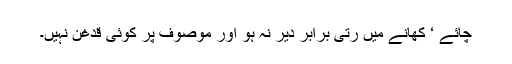
چائے ‘ کھانے میں رتی برابر دیر نہ ہو اور موصوف پر کوئی قدغن نہیں۔